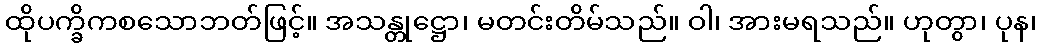
ထိုပက္ခိကစသောဘတ်ဖြင့်။ အသန္တုဋ္ဌော၊ မတင်းတိမ်သည်။ ဝါ၊ အားမရသည်။ ဟုတွာ၊ ပုန၊